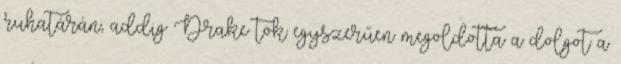
ruhatárán, addig Drake tök egyszerűen megoldotta a dolgot a